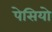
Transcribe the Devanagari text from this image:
पेसियो